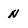
Character: N